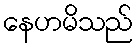
နေဟမိသည်